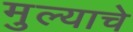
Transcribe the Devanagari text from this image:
मुल्याचे